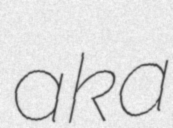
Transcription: aka